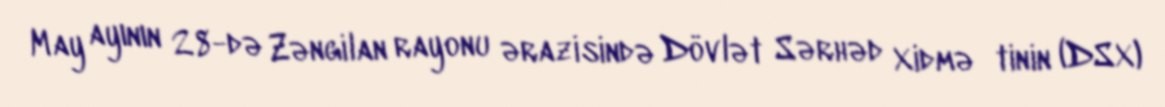
May ayının 28-də Zəngilan rayonu ərazisində Dövlət Sərhəd Xidmə­tinin (DSX)